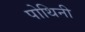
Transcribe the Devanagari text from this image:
पोथिनी